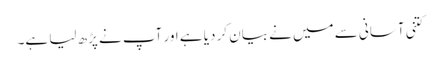
کتنی آسانی سے میں نے بیان کر دیا ہے اور آپ نے پڑھ لیا ہے۔